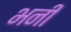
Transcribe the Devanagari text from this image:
भनी